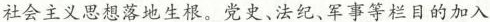
社会主义思想落地生根。党史、法纪、军事等栏目的加入